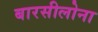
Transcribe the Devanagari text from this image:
बारसीलोना